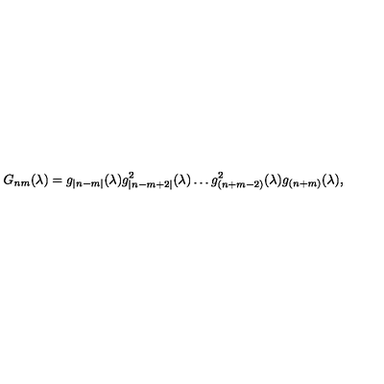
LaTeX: G _ { n m } ( \lambda ) = g _ { | n - m | } ( \lambda ) g _ { | n - m + 2 | } ^ { 2 } ( \lambda ) \ldots g _ { ( n + m - 2 ) } ^ { 2 } ( \lambda ) g _ { ( n + m ) } ( \lambda ) ,